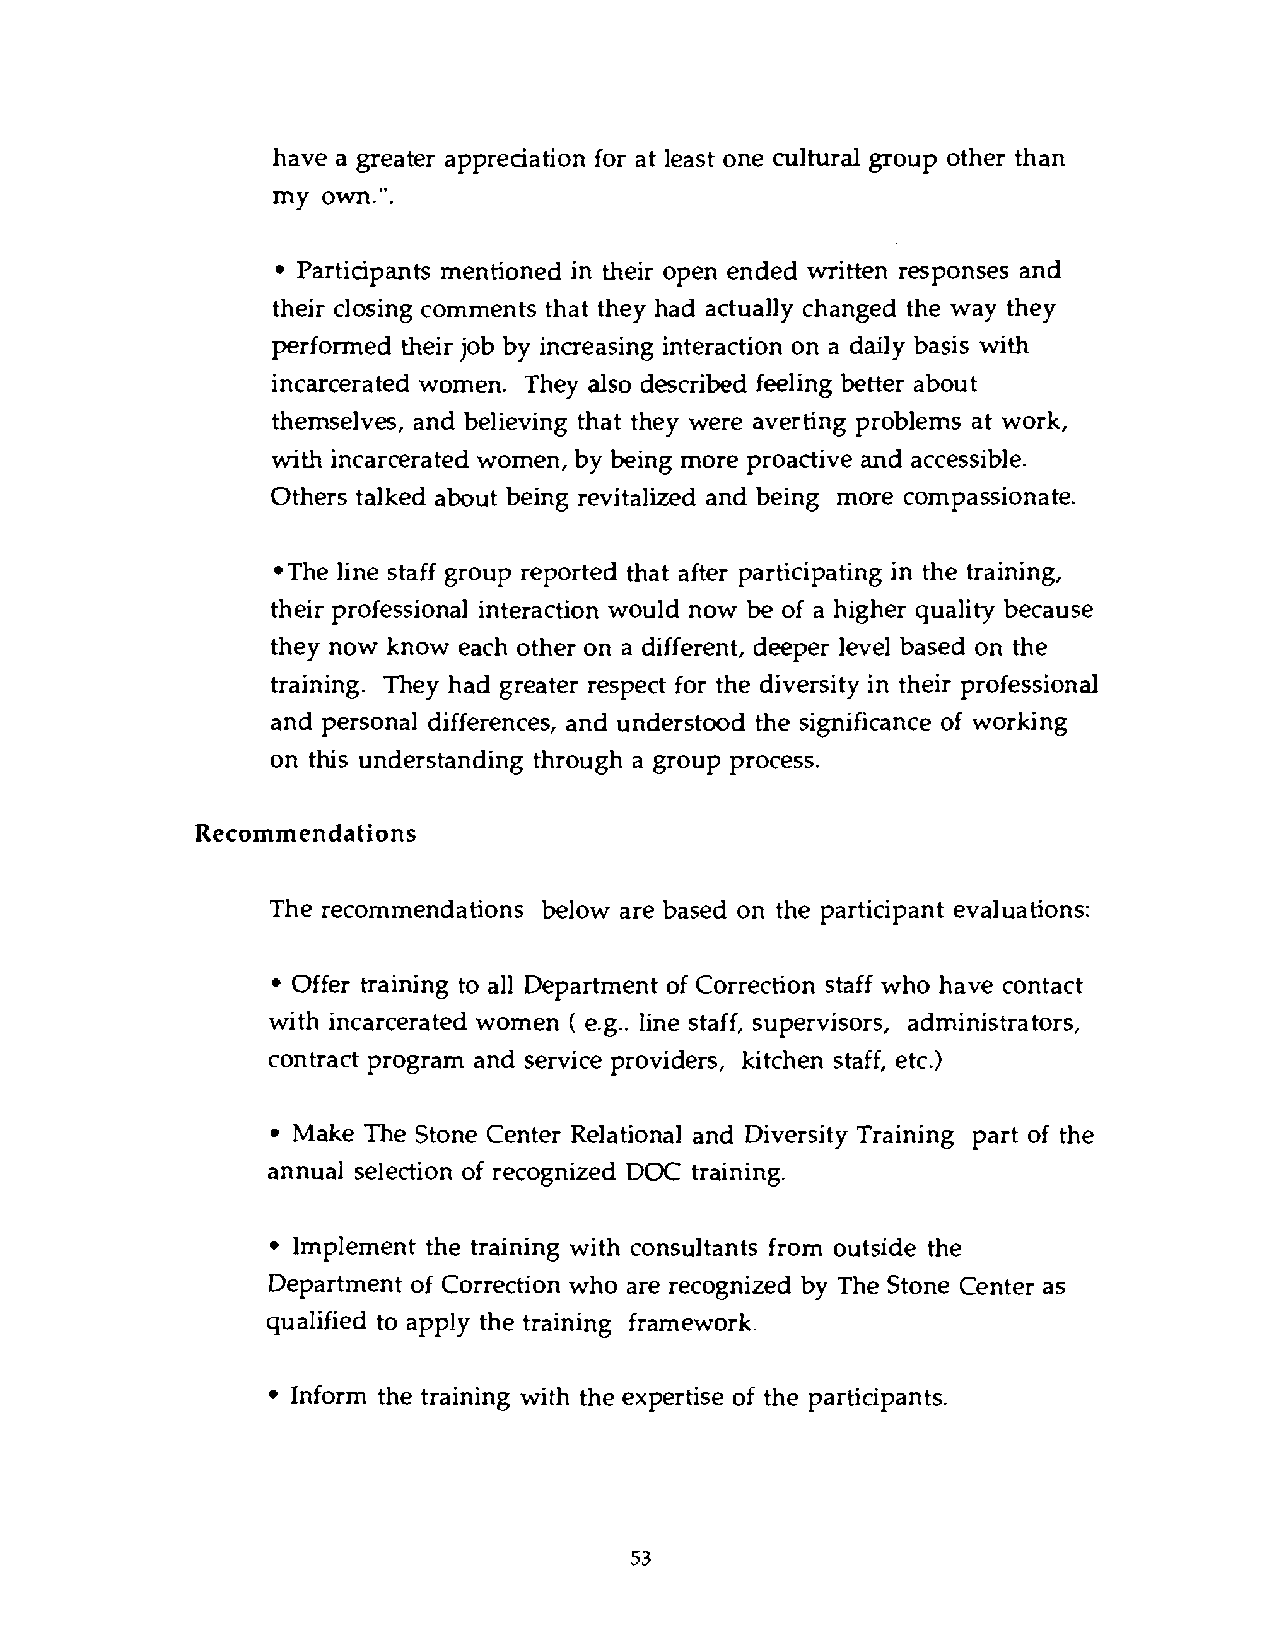
have a greater appreaation for at least one cultural group other than
 my own.".
 Participants mentioned in their open ended written responses and
 their closing comments that they had actually changed the way they
 performed their job by increasing interaction on a daily basis with
 incarcerated women. They also described feeling better about
 themselves, and believing that they were averting problems at work,
 with incarcerated women, by being more proactive and accessible.
 Others talked about being revitalized and being more compassionate.
 *The line staff group reported that after participating in the training,
 their professional interaction would now be of a higher quality because
 they now know each other on a different, deeper level based on the
 training. They had greater respect for the diversity in their professional
 and personal differences, and understood the significance of working
 on this understanding through a group process.
 Recommendations
 The recommendations below are based on the participant evaluations:
 Offer training to all Department of Correction staff who have contact
 with incarcerated women ( e.g.. line staff, supervisors, administrators,
 contract program and service providers, kitchen staff, etc.)
 Make The Stone Center Relational and Diversity Training part of the
 annual selection of recognized DOC training.
 Implement the training with consultants from outside the
 Department of Correction who are recognized by The Stone Center as
 qualified to apply the training framework.
 Inform the training with the expertise of the participants.